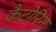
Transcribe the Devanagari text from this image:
कैटोरिन